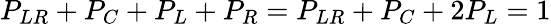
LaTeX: P_{LR}+P_{C}+P_{L}+P_{R}=P_{LR}+P_{C}+2P_{L}=1